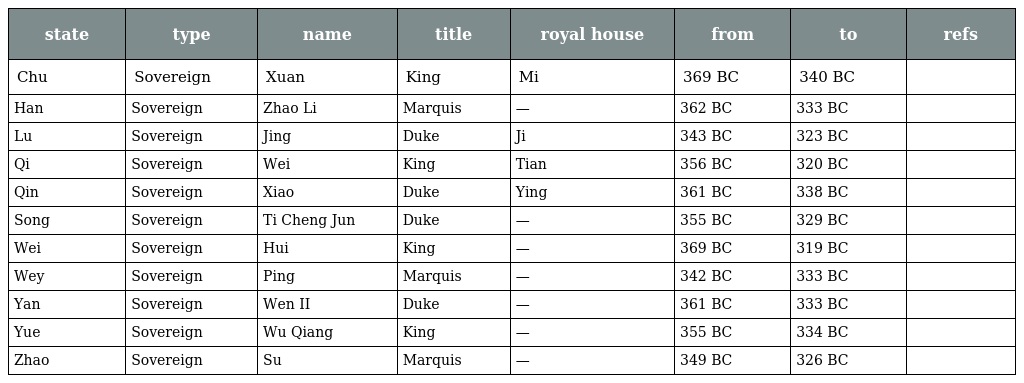
| state | type | name | title | royal house | from | to | refs |
 | --- | --- | --- | --- | --- | --- | --- | --- |
 | Chu | Sovereign | Xuan | King | Mi | 369 BC | 340 BC |  |
 | Han | Sovereign | Zhao Li | Marquis | — | 362 BC | 333 BC |  |
 | Lu | Sovereign | Jing | Duke | Ji | 343 BC | 323 BC |  |
 | Qi | Sovereign | Wei | King | Tian | 356 BC | 320 BC |  |
 | Qin | Sovereign | Xiao | Duke | Ying | 361 BC | 338 BC |  |
 | Song | Sovereign | Ti Cheng Jun | Duke | — | 355 BC | 329 BC |  |
 | Wei | Sovereign | Hui | King | — | 369 BC | 319 BC |  |
 | Wey | Sovereign | Ping | Marquis | — | 342 BC | 333 BC |  |
 | Yan | Sovereign | Wen II | Duke | — | 361 BC | 333 BC |  |
 | Yue | Sovereign | Wu Qiang | King | — | 355 BC | 334 BC |  |
 | Zhao | Sovereign | Su | Marquis | — | 349 BC | 326 BC |  |